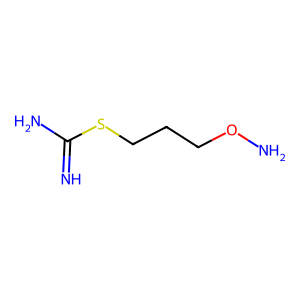
SMILES: N=C(N)SCCCON
Inhibits HIV replication: No